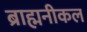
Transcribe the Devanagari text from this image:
ब्राह्मनीकल